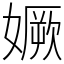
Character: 㜧